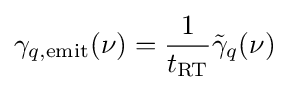
\gamma _{q,{\rm {emit}}}(\nu )={\frac {1}{t_{\rm {RT}}}}{\tilde {\gamma }}_{q}(\nu )